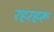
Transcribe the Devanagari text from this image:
रहरहरू